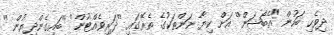
ދިވެހި ބަހުން "އެބޯޝަން'' އަށް ކިޔާ ނަންތަކުގެ ތެރޭގައި ''ދަރިވެއްޓުން'' ''ބައިގެންދިޔުން ''